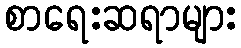
စာရေးဆရာများ